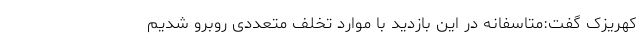
کهریزک گفت:متاسفانه در این بازدید با موارد تخلف متعددی روبرو شدیم